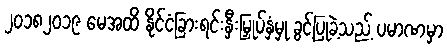
၂၀၁၈၂၀၁၉ မေအထိ နိုင်ငံခြားရင်းနှီးမြှုပ်နှံမှု ခွင့်ပြုခဲ့သည့် ပမာဏမှာ